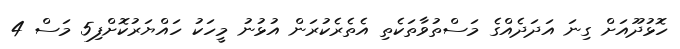
ހޮޅުދޫއަށް ގިނަ އަދަދެއްގެ މަސްތުވާތަކެތި އެތެރެކުރަން އުޅުނު މީހަކު ހައްޔަރުކޮށްފި5 މަސް 4